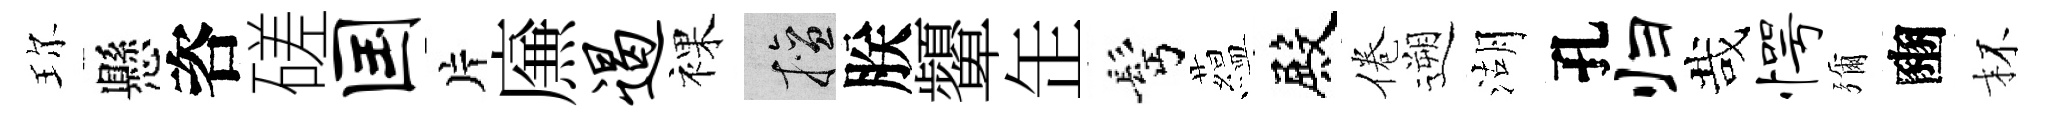
珎懸咨磋国片㢘遏裸擅朕顰𦈢髩藴殿倦遡湖孔归哉愕彌豳杯